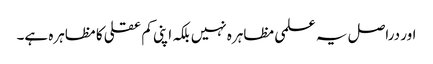
اور دراصل یہ علمی مظاہرہ نہیں بلکہ اپنی کم عقلی کا مظاہرہ ہے۔